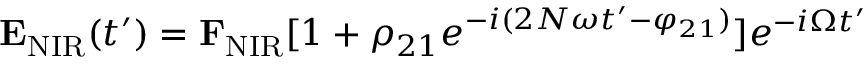
{ \bf E } _ { \mathrm { N I R } } ( t ^ { \prime } ) = { \bf F } _ { \mathrm { N I R } } [ 1 + \rho _ { 2 1 } e ^ { - i ( 2 N \omega t ^ { \prime } - \varphi _ { 2 1 } ) } ] e ^ { - i \Omega t ^ { \prime } }